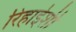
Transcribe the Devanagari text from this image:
रिहाईशी